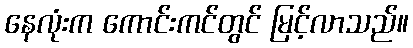
နေလုံးက ကောင်းကင်တွင် မြင့်လာသည်။